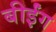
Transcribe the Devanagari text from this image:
बीईंग